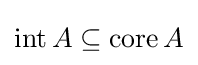
\operatorname {int} A\subseteq \operatorname {core} A